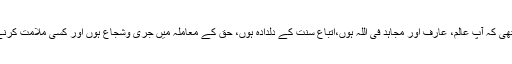
اس سے بڑھ کر یہ کہ مشیّتِ الٰہی یہ تھی کہ آپ عالم، عارف اور مجاہد فی اللہ ہوں،اتباعِ سنت کے دلدادہ ہوں، حق کے معاملہ میں جری وشجاع ہوں اور کسی ملامت کرنے والے کی ملامت کی پرواہ نہ کریں۔